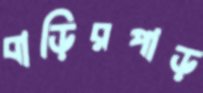
বাড়িরপাড়